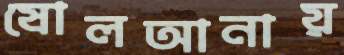
ষোলআনায়